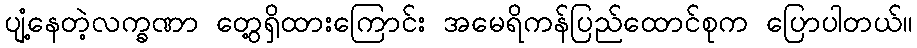
ပျံ့နေတဲ့လက္ခဏာ တွေ့ရှိထားကြောင်း အမေရိကန်ပြည်ထောင်စုက ပြောပါတယ်။